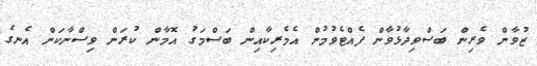
ޒުވާން ވެރިން ބަަސްވިދާޅުވާން ފެއްޓެވުމުން އެމެރިކާއިން ބަސްމަގު އޮމާން ކުރަން ވިސްނާކަން އެނގެ